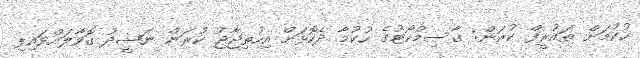
ހުކުމަށް ތައުރީފް ކުރަން: ގާސިމްކޯޓުގެ ހުކުމާ ދެކޮޅަށް އިހުތިޖާޖު ކުރަން ނަޝީދު ގޮވާލަައްވައިފި